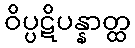
ဝိပ္ပဋိပန္နာတ္ထ